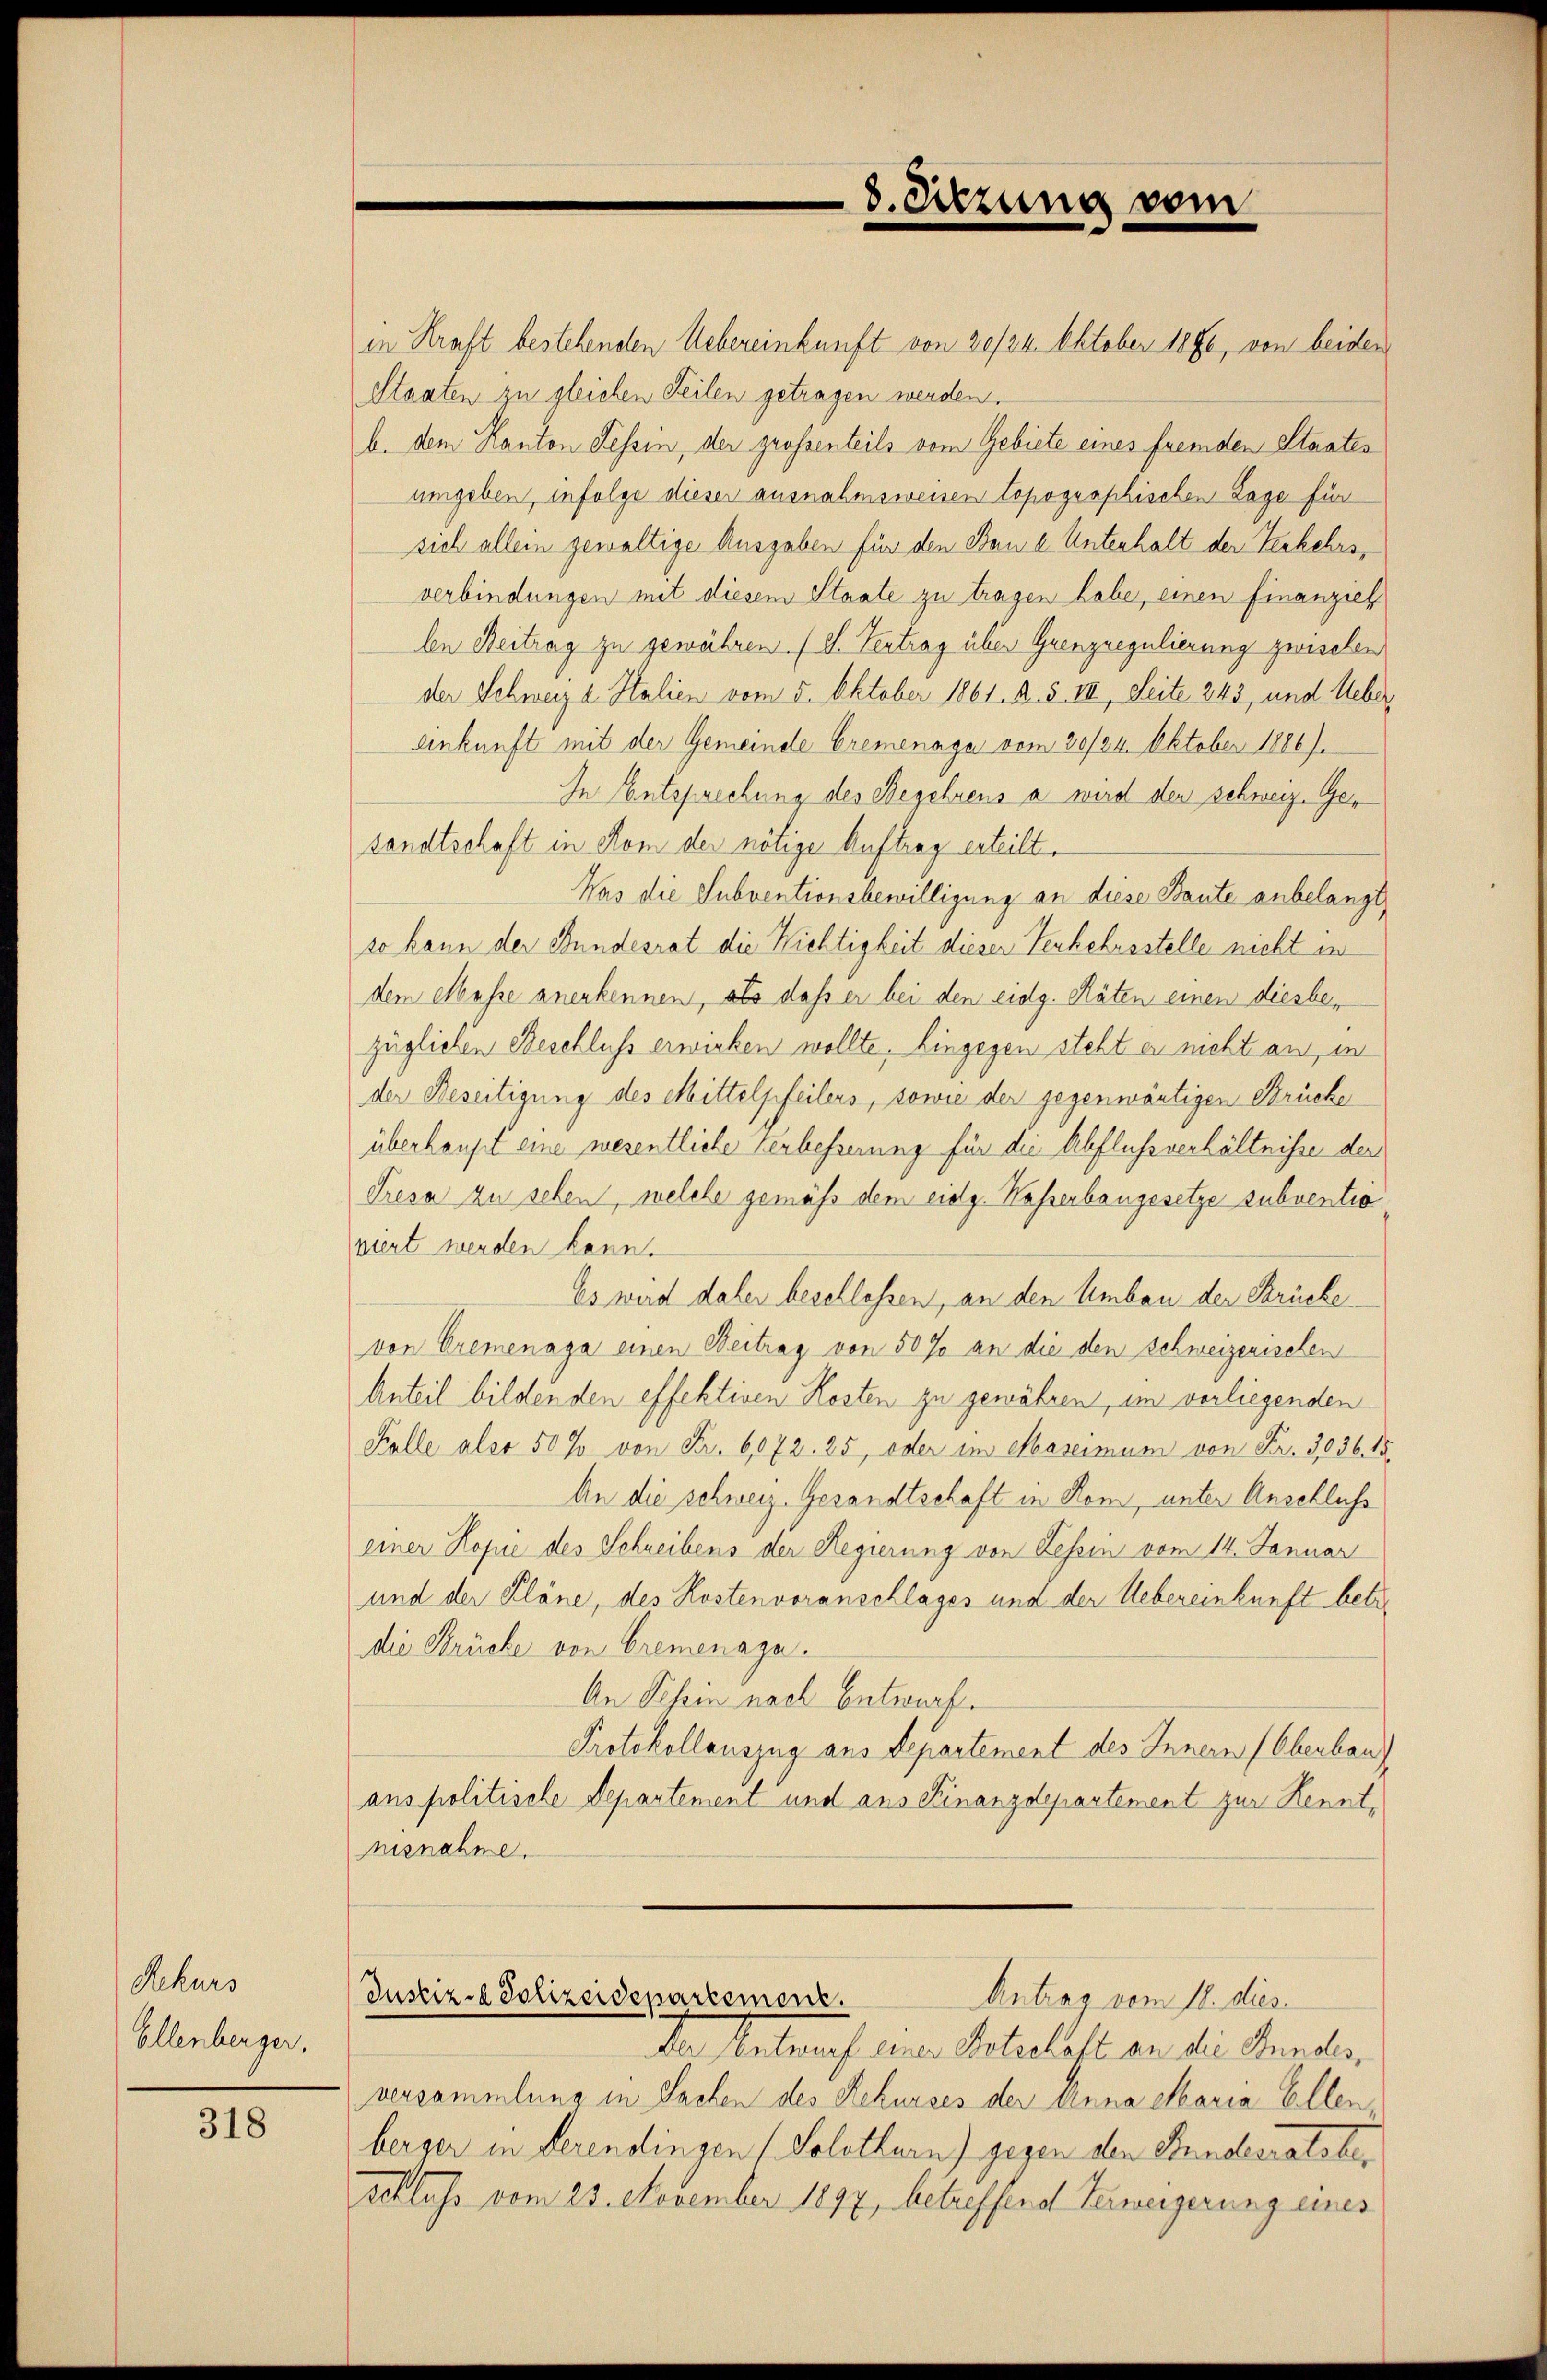
Rekurs
Ellenberger.

318

8. Sitzung vom

in Kraft bestehenden Uebereinkunft von 20/24. Oktober 1890, von beiden
Staaten zu gleichen Seilen getragen werden.
b. dem Kanton Tessin, der grossenteils vom Gebiete eines fremden Staates
umgeben, infolge dieser ausnahmsweisen topographischen Lage für
sich allein gewaltige Ausgaben für den Baue Unterhalt der Verkehrs,
verbindungen mit diesem Staate zu tragen habe, einen finanziel
len Beitrag zu gewähren. (l. Vertrag über Grenzregulierung zwischen
der Schweiz d. Stalien vom 5. Oktober 1861 R. 5. III., Seite 243 und Ueber
Ankunft mit der Gemeinde Cremenage vom 20/34. Oktober 1886).
In Entsprechung des Begehrens a wird den schweiz. Ge
sandtschaft in Rom der nötige Auftrag erteilt.
Was die Subventionsbewilligung an diese Baute anbelangt,
so kann der Bundesrat die Nichtigkeit dieser Verkehrsstelle nicht in
dem Messe anerkennen, als dass er bei den eidg. Räten einen diesbezüglichen Beschluss erwicken wollte, hingegen steht er nicht aus, in
der Beseitigung des Mittelpfeilers, sowie der gegenwärtigen Brücke
überhaupt eine wesentliche Verbesserung für die Abflußverhältnisse der
Tresa zu sehen, welche gemäß dem eidg. Kasserbaugesetze subventia
viert werden kann.
Es wird dabei beschlossen, an den Umbau der Brücke
von Cremenaga einen Beitrag von 50 % an die den Schweizerischen
Anteil bildenden effektiven Kosten zu gewähren, im vorliegenden
Falle aber 50 J. von Fr. 6072. 25, oder im Marcimum von Fr. 3036. 15.
An die schweiz. Gesandtschaft in Rom, unter Anschluss
einer Kopie des Schreibens der Regierung von Tessin vom 14. Januar
und der Pläne, des Kostenvoranschlages und der Uebereinkunft betr.
die Brücke von Bremenaga.
An Schein nach Entwurf.
Protokollauszug aus Departement des Innern (Oberban
ans politische Departement und aus Finanzdepartement zur Kenntnisnahme.
Justiz- & Polizeidepartement.
Antrag vom 18. dies
Der Entwurf einer Botschaft an die Bundesversammlung in Sachen des Rekurses der Anna Maria Ellen.
berger in derendingen (Solothurn) gegen den Stundesratsber
Schluss vom 23. November 1897, betreffend Verweigerung eines